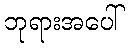
ဘုရားအပေါ်